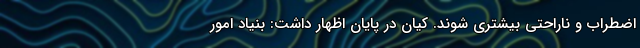
اضطراب و ناراحتی بیشتری شوند. کیان در پایان اظهار داشت: بنیاد امور